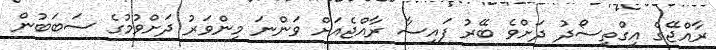
ރާއްޖޭގެ އިގްތިސޯދު ދަށްވެ ބޭރު ފައިސާ ރާއްޖެއަށް ވަންނަ މިންވަރު ދަށްވުމުގެ ސަބަބުން